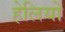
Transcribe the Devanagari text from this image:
हेलियो